65_HS1-834228961_62-HQ-83894_Serial_164
Agency: FBI
Page 71
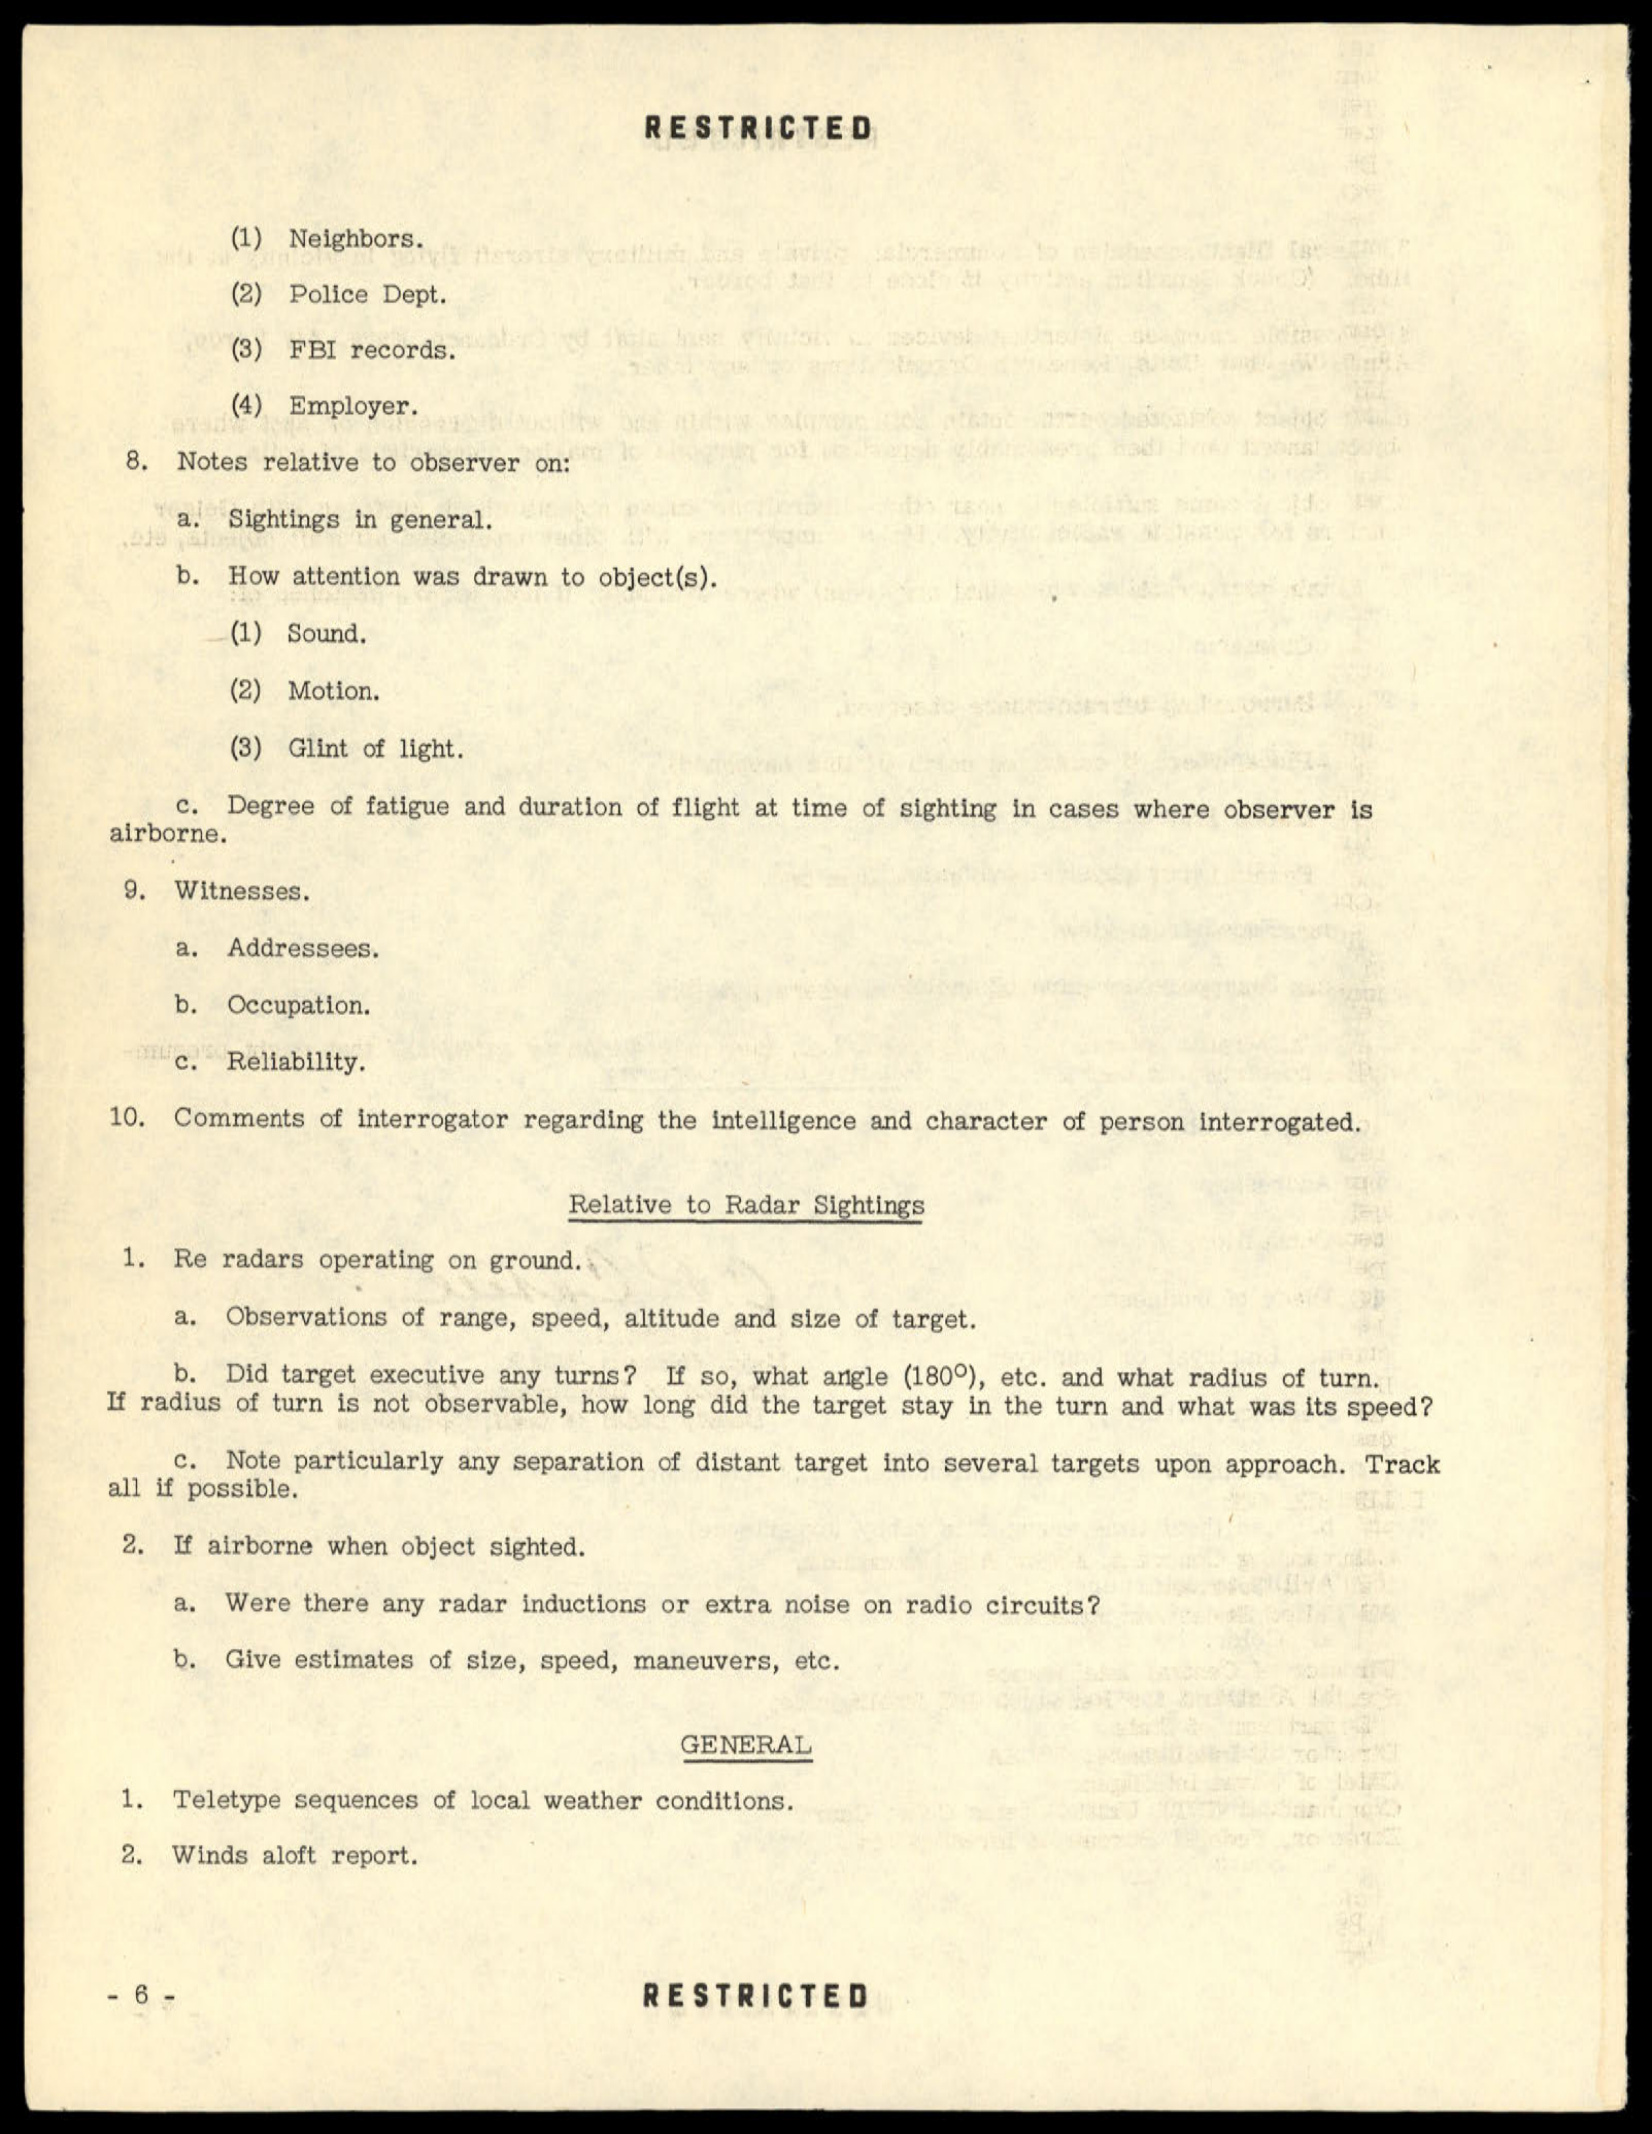